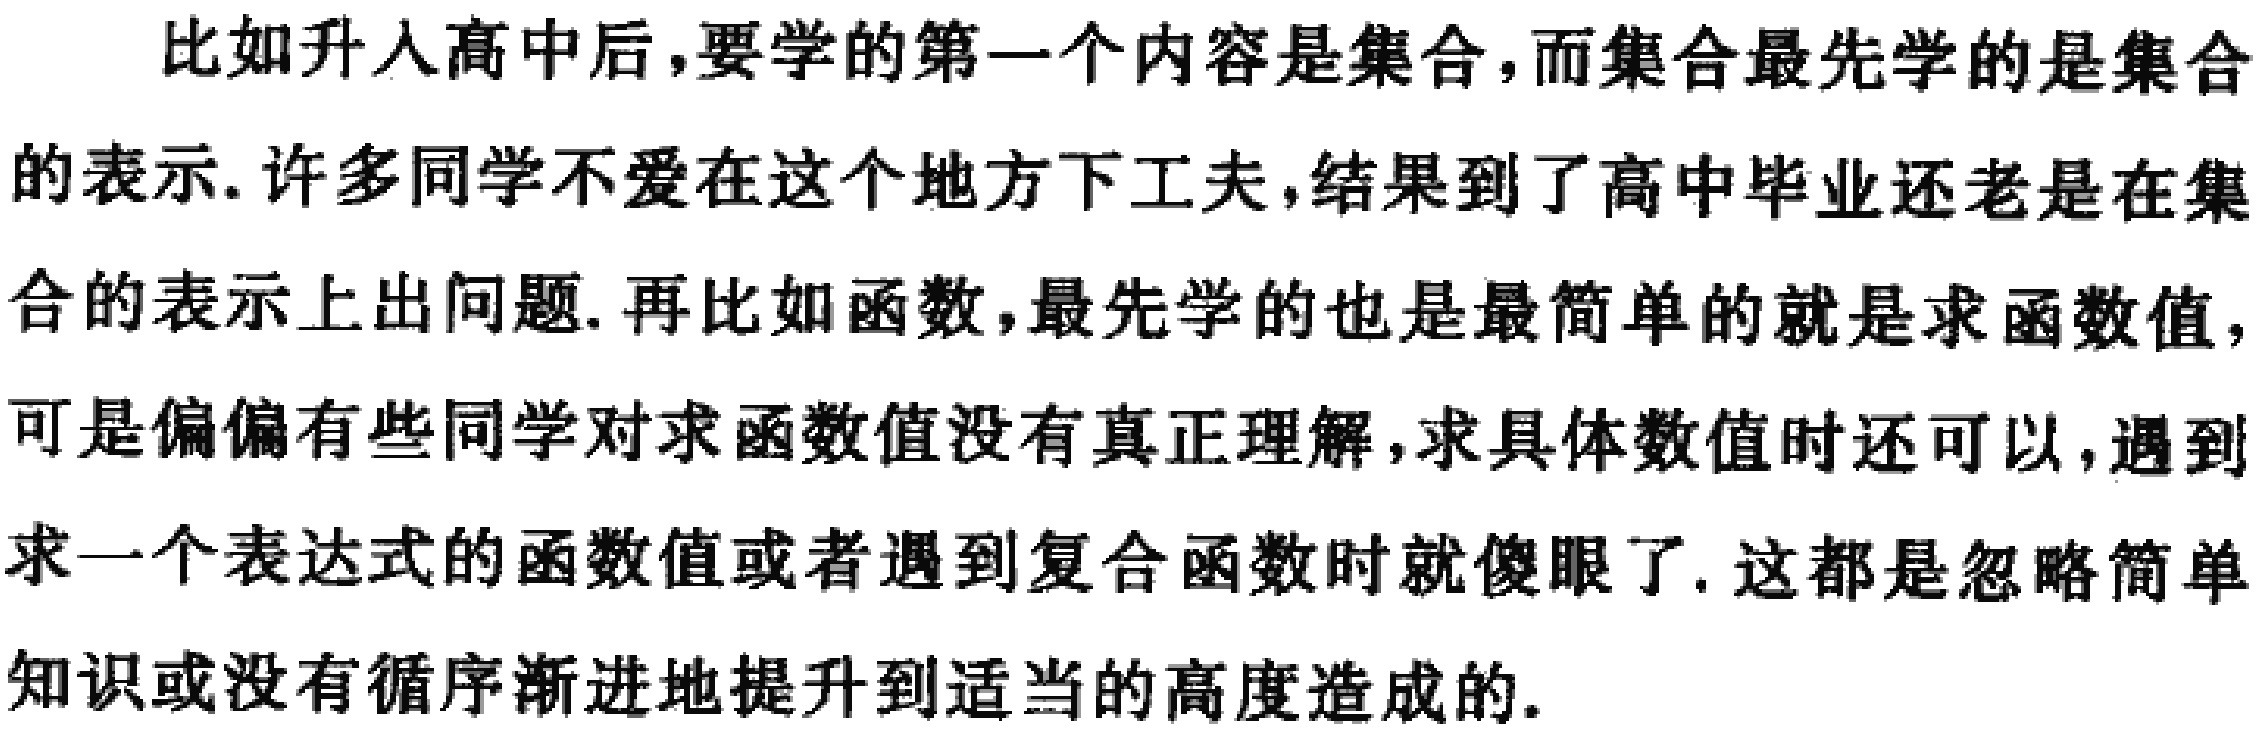
比如升入高中后,要学的第一个内容是集合,而集合最先学的是集合的表示.许多同学不爱在这个地方下工夫,结果到了高中毕业还老是在集合的表示上出问题.再比如函数,最先学的也是最简单的就是求函数值,可是偏偏有些同学对求函数值没有真正理解,求具体数值时还可以,遇到求一个表达式的函数值或者遇到复合函数时就傻眼了.这都是忽略简单知识或没有循序渐进地提升到适当的高度造成的.